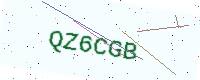
Text: QZ6CGB